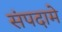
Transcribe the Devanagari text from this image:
संपदामे